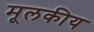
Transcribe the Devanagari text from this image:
मूलकीय